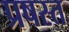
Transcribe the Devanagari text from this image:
प्रषस्त